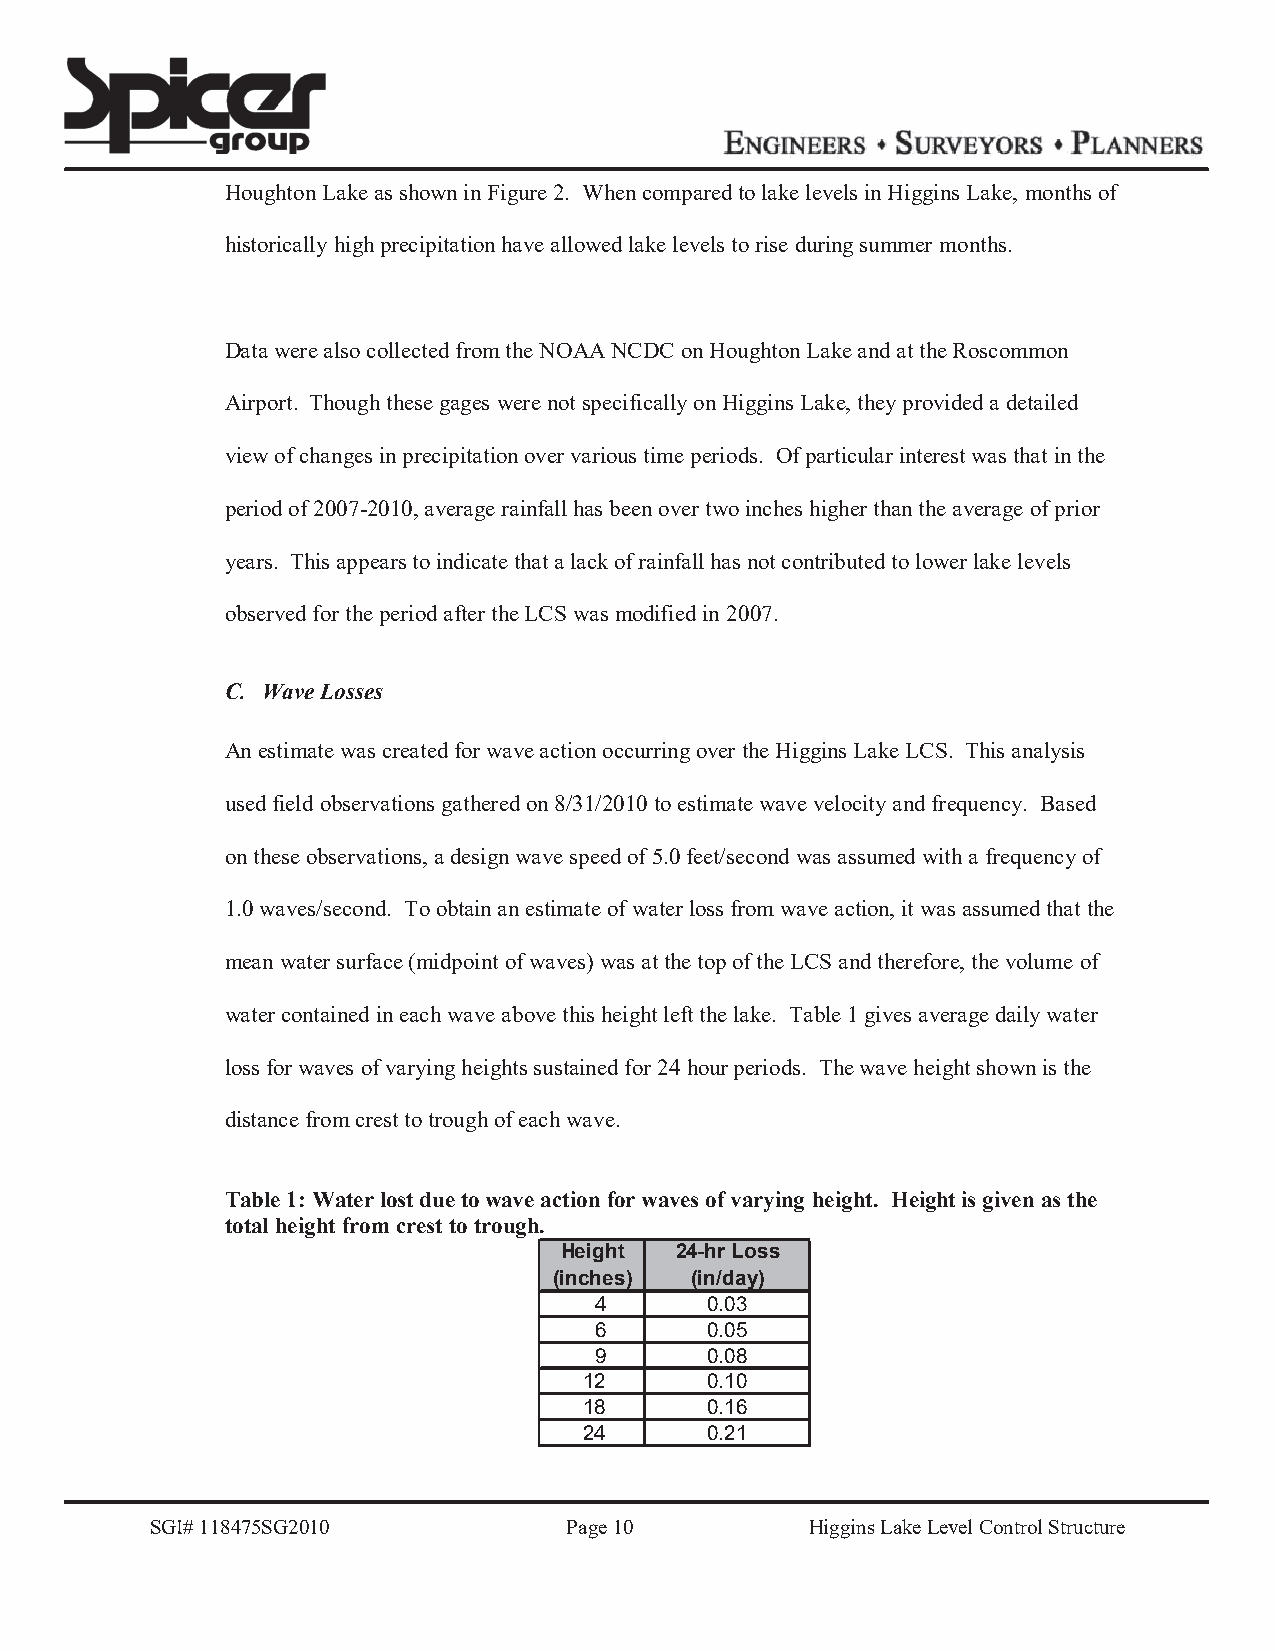
Houghton Lake as shown in Figure 2. When compared to lake levels in Higgins Lake, months of
 historically high precipitation have allowed lake levels to rise during summer months.
 Data were also collected from the NOAA NCDC on Houghton Lake and at the Roscommon
 Airport. Though these gages were not specifically on Higgins Lake, they provided a detailed
 view of changes in precipitation over various time periods. Of particular interest was that in the
 period of 2007-2010, average rainfall has been over two inches higher than the average of prior
 years. This appears to indicate that a lack of rainfall has not contributed to lower lake levels
 observed for the period after the LCS was modified in 2007.
 C. Wave Losses
 An estimate was created for wave action occurring over the Higgins Lake LCS. This analysis
 used field observations gathered on 8/31/2010 to estimate wave velocity and frequency. Based
 on these observations, a design wave speed of 5.0 feet/second was assumed with a frequency of
 1.0 waves/second. To obtain an estimate of water loss from wave action, it was assumed that the
 mean water surface (midpoint of waves) was at the top of the LCS and therefore, the volume of
 water contained in each wave above this height left the lake. Table 1 gives average daily water
 loss for waves of varying heights sustained for 24 hour periods. The wave height shown is the
 distance from crest to trough of each wave.
 Table 1: Water lost due to wave action for waves of varying height. Height is given as the
 total height from crest to trough.
 Height  24-hr Loss
 (inches) (in/day)
 4       0.03
 6       0.05
 9       0.08
 12      0.10
 18      0.16
 24      0.21
 SGI# 118475SG2010           Page 10         Higgins Lake Level Control Structure